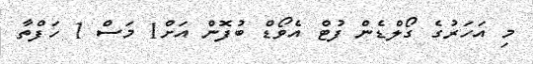
މި އަހަރުގެ ގޯލްޑެން ފުޓް އެވޯޑް ބުފޮން އަށް1 މަސް 1 ހަފްތާ